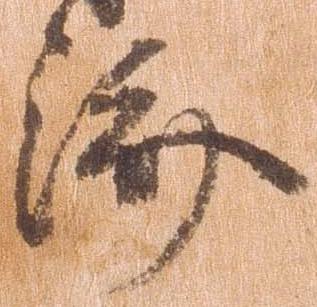
済